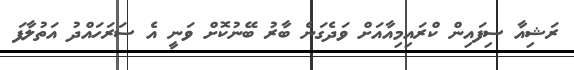
ރަޝިއާ ސިފައިން ކްރައިމިއާއަށް ވަދެގަނެ ބާރު ބޭނުކޮށް ވަނީ އެ ސަރަހައްދު އަތުލާފަ